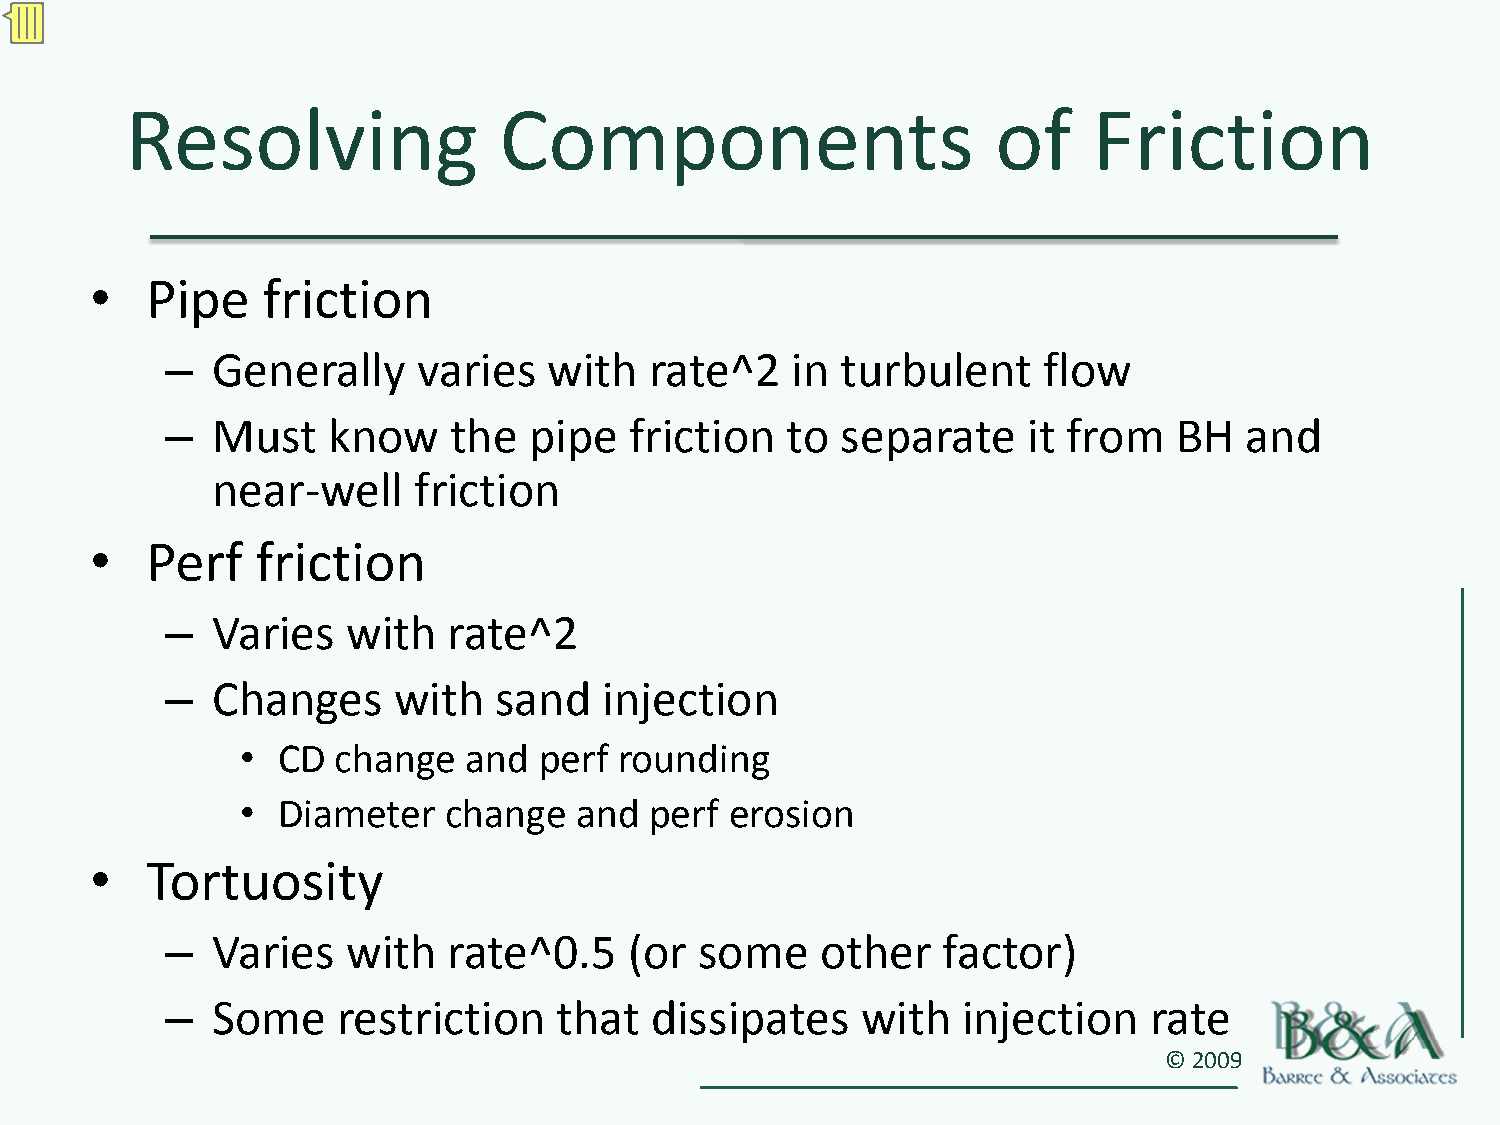
Resolving                Components                       of    Friction
 •   Pipe   friction
 –  Generally     varies  with   rate^2   in  turbulent    flow
 –  Must    know    the  pipe   friction  to  separate    it from   BH  and
 near‐well    friction
 •   Perf   friction
 –  Varies   with   rate^2
 –  Changes     with   sand   injection
 • CD  change   and  perf rounding
 • Diameter   change   and  perf erosion
 •   Tortuosity
 –  Varies   with   rate^0.5    (or some    other   factor)
 –  Some    restriction    that  dissipates    with   injection   rate
 © 2009